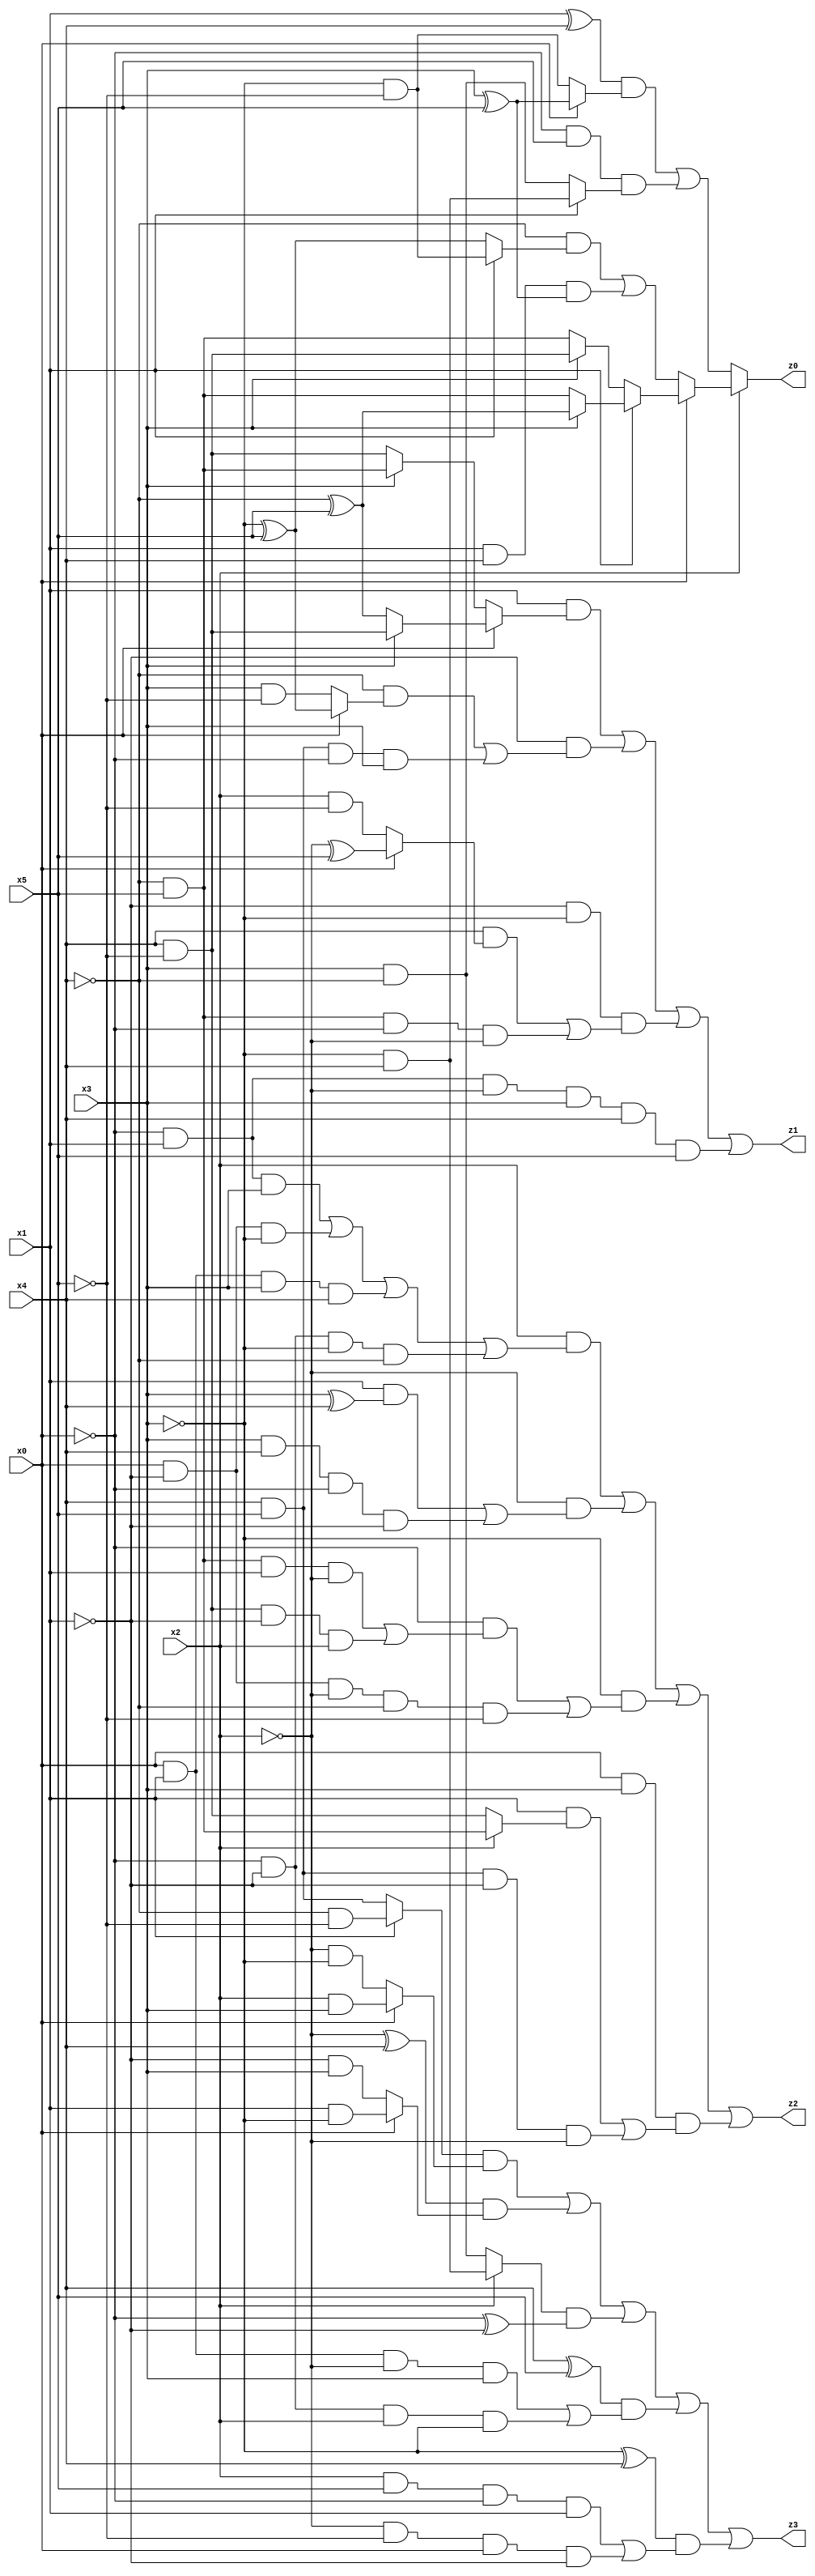
// Benchmark "q_4" written by ABC on Tue Jul 11 03:36:29 2023

module q_4 ( 
    x0, x1, x2, x3, x4, x5,
    z0, z1, z2, z3  );
  input  x0, x1, x2, x3, x4, x5;
  output z0, z1, z2, z3;
  assign z0 = x2 ? (x0 ? (x1 ? (x3 ? (~x4 ^ x5) : (~x4 & x5)) : (x3 ? (x4 & ~x5) : (~x4 & x5))) : ((~x4 & (x1 ? (~x3 & ~x5) : (~x3 ^ x5))) | (x1 & x4 & (x3 ^ x5)))) : (((x1 ^ x4) & (x0 ? (x3 ^ x5) : (~x3 & ~x5))) | (~x0 & x5 & (x1 ? (~x3 & x4) : (x3 & ~x4))));
  assign z1 = (x1 & (x0 ? (x3 ? (x4 & ~x5) : (~x4 ^ x5)) : (x3 ? (~x4 & x5) : (x4 & ~x5)))) | (~x1 & ((~x4 & (x0 ? (~x3 ^ x5) : (x3 & ~x5))) | (x4 & x5 & ~x0 & x3))) | (~x1 & ~x3 & ((x4 & (x0 ? (~x2 ^ x5) : (x2 & ~x5))) | (~x4 & x5 & ~x0 & ~x2))) | (~x0 & x1 & ~x2 & x3 & x4 & x5);
  assign z2 = (x2 & ((~x0 & x1 & x3) | (x0 & ~x1 & ~x3) | (x0 & x1 & x3 & x4) | (~x0 & ~x1 & ~x3 & ~x4))) | (~x2 & ((x1 & (x3 ^ x4)) | (x3 & x4 & ~x0 & ~x1))) | (~x3 & ((~x0 & ((~x4 & x5 & x1 & ~x2) | (x4 & ~x5 & ~x1 & x2))) | (x0 & ~x1 & ~x2 & ~x4 & ~x5))) | (x0 & x3 & ((x1 & (x2 ? (~x4 & x5) : (x4 & ~x5))) | (x4 & x5 & ~x1 & ~x2)));
  assign z3 = ((x1 ? (~x4 & ~x5) : (x4 & x5)) & (x0 ? (x2 & x3) : (~x2 & ~x3))) | ((~x2 ^ x4) & (x0 ? (x1 & ~x3) : (~x1 & x3))) | ((x2 ? (~x3 & x4) : (x3 & ~x4)) & (~x0 ^ ~x1)) | ((x4 ^ x5) & ((x0 & x1 & ~x2 & x3) | (~x0 & ~x1 & x2 & ~x3))) | ((~x3 ^ x4) & ((x2 & x5 & ~x0 & x1) | (~x2 & ~x5 & x0 & ~x1)));
endmodule